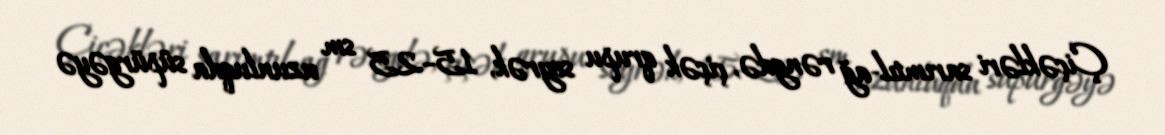
Çiçəkləri sarımtıl-ağ rəngdə, çiçək qrupu seyrək, 15–25 sm uzunluqda süpürgəyə